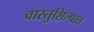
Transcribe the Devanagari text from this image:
वास्तुशिल्पात